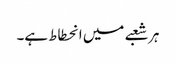
ہر شعبے میں انحطاط ہے۔